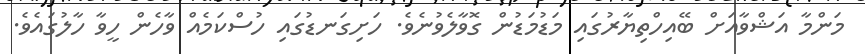
މަންމާ އަޝްވާއަށް ބޭއިހްތިޔާރުގައި މަޑުމަޑުން ގޮވާލެވުނެވެ. ހަށިގަނޑުގައި ހުސްކަމެއް ވާހެން ހީވާ ހާލުގައެވެ.